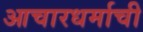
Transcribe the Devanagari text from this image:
आचारधर्माची